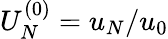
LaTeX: U_{N}^{(0)}=u_{N}/u_{0}